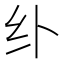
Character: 𱺏